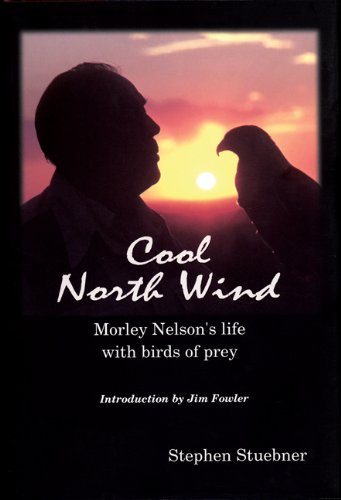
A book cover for Cool North Wind; Stephen Steubner; Science & Math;